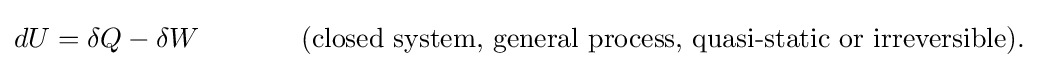
dU=\delta Q-\delta W\,\,\,\,\,\,\,\,\,\,\,\,\,\,\,\,\,\,\,\,\,\,{\text{(closed system, general process, quasi-static or irreversible).}}